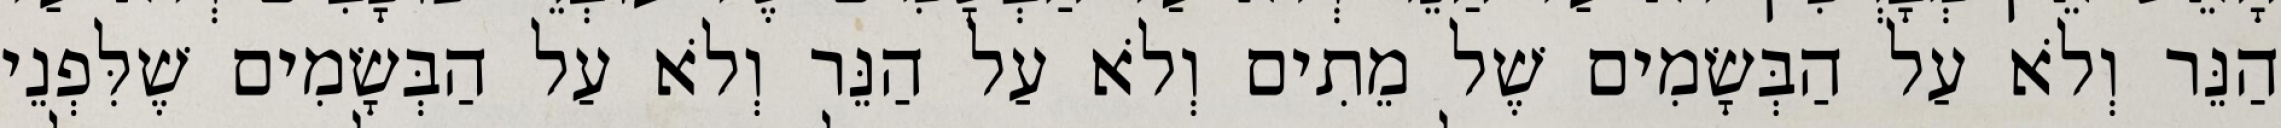
הַנֵּר וְלֹא עַל הַבְּשָׂמִים שֶׁל מֵתִים וְלֹא עַל הַנֵּר וְלֹא עַל הַבְּשָׂמִים שֶׁלִּפְנֵי